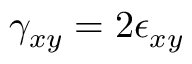
\gamma _ { x y } = 2 \epsilon _ { x y }